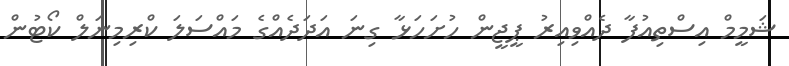
ޝަމީމް އިސްތިއުފާ ދެއްވިއިރު ޕީޖީން ހުށަހަޅާ ގިނަ އަދަދެއްގެ މައްސަލަ ކްރިމިނަލް ކޯޓުން